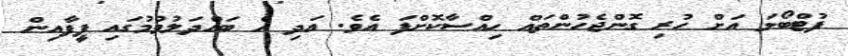
ފުޓްބޯޅަ އަށް ހުރި ގޮންޖެހުންތައް ހިއްސާކޮށްފަ އެވެ. އަދި އެ ބައްދަލުވުމުގައި ފީފާއިން